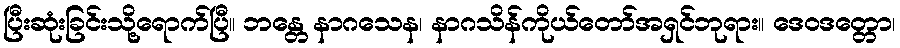
ပြီးဆုံးခြင်းသို့ရောက်ပြီ။ ဘန္တေ နာဂသေန၊ နာဂသိန်ကိုယ်တော်အရှင်ဘုရား။ ဒေဝဒတ္တော၊